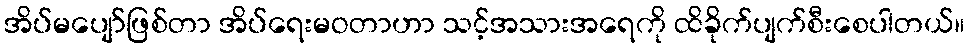
အိပ်မပျော်ဖြစ်တာ အိပ်ရေးမဝတာဟာ သင့်အသားအရေကို ထိခိုက်ပျက်စီးစေပါတယ်။